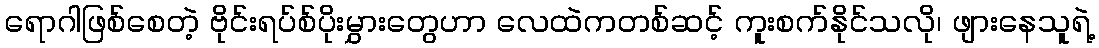
ရောဂါဖြစ်စေတဲ့ ဗိုင်းရပ်စ်ပိုးမွှားတွေဟာ လေထဲကတစ်ဆင့် ကူးစက်နိုင်သလို၊ ဖျားနေသူရဲ့